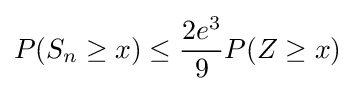
P(S_{n}\geq x)\leq {\frac {2e^{3}}{9}}P(Z\geq x)